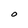
Character: O